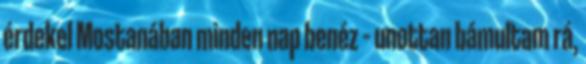
érdekel Mostanában minden nap benéz – unottan bámultam rá,